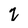
Character: 2